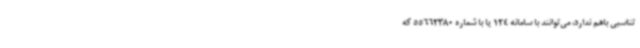
تناسبی باهم ندارد، می‌توانند با سامانه 124 یا با شماره 55662380 که